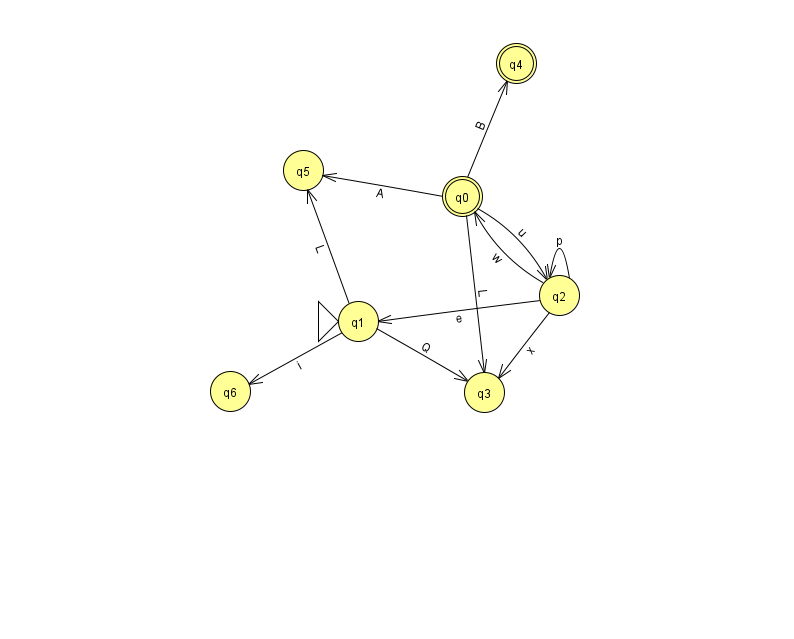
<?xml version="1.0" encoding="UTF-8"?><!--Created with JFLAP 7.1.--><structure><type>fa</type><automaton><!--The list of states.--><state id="0" name="q0"><x>462.0</x><y>183.0</y><final/></state><state id="1" name="q1"><x>358.0</x><y>308.0</y><initial/></state><state id="2" name="q2"><x>559.0</x><y>282.0</y></state><state id="3" name="q3"><x>484.0</x><y>379.0</y></state><state id="4" name="q4"><x>516.0</x><y>50.0</y><final/></state><state id="5" name="q5"><x>303.0</x><y>157.0</y></state><state id="6" name="q6"><x>230.0</x><y>378.0</y></state><!--The list of transitions.--><transition><from>0</from><to>4</to><read>B</read></transition><transition><from>2</from><to>2</to><read>p</read></transition><transition><from>2</from><to>1</to><read>e</read></transition><transition><from>2</from><to>3</to><read>x</read></transition><transition><from>0</from><to>2</to><read>u</read></transition><transition><from>0</from><to>5</to><read>A</read></transition><transition><from>1</from><to>5</to><read>L</read></transition><transition><from>2</from><to>0</to><read>w</read></transition><transition><from>0</from><to>3</to><read>L</read></transition><transition><from>1</from><to>3</to><read>Q</read></transition><transition><from>1</from><to>6</to><read>i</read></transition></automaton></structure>